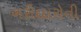
ખરીદદારોની